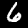
Digit: 6